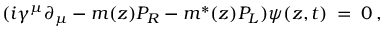
( i \gamma ^ { \mu } \partial _ { \mu } - m ( z ) P _ { R } - m ^ { * } ( z ) P _ { L } ) \psi ( z , t ) \: = \: 0 \: ,